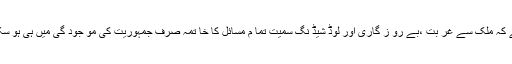
اس لئے کہ ملک سے غر بت ،بے رو ز گاری اور لوڈ شیڈ نگ سمیت تما م مسائل کا خا تمہ صرف جمہوریت کی مو جود گی میں ہی ہو سکتا ہے۔